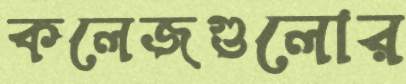
কলেজগুলোর